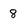
Character: 8